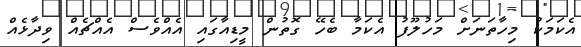
އެކަމަކު މިހާތަނަށް މަހުލޫފު އެކަމާ ބެހޭ ގޮތުން މީޑިއާގައި އެއްވެސް އެއްޗެއް ވިދާޅެއް